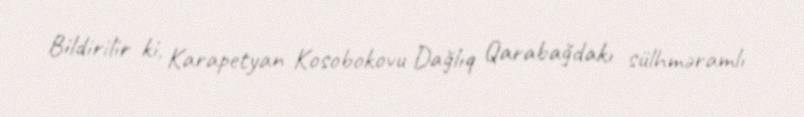
Bildirilir ki, Karapetyan Kosobokovu Dağlıq Qarabağdakı sülhməramlı